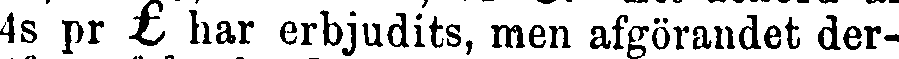
4s pr £ har erbjudits, men afgörandet der-